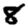
Digit: 8